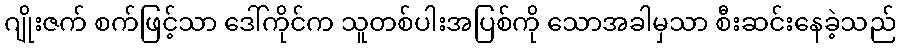
ဂျိုးဇက် စက်ဖြင့်သာ ဒေါ်ကိုင်က သူတစ်ပါးအပြစ်ကို သောအခါမှသာ စီးဆင်းနေခဲ့သည်